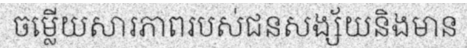
ចម្លើយសារភាពរបស់ជនសង្ស័យនិងមាន